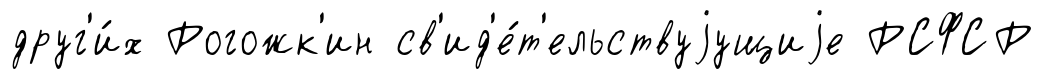
друг'и́х Рогожк'ин св'ид'е́т'ельствуjущиjе РСФСР